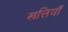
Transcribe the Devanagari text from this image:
खत्तियॉं